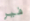
فير